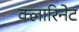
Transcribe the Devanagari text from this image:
क्लारिनेट